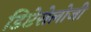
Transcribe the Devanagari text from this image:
डिप्टेरोलोजी